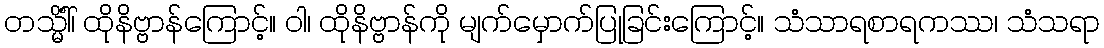
တသ္မိံါ်၊ ထိုနိဗ္ဗာန်ကြောင့်။ ဝါ၊ ထိုနိဗ္ဗာန်ကို မျက်မှောက်ပြုခြင်းကြောင့်။ သံသာရစာရကဿ၊ သံသရာ